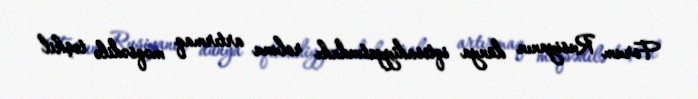
Forum Rusiyanın dünya iqtisadiyyatındakı rolunu artırmaq məqsədilə təşkil